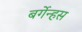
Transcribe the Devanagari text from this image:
बर्गेन्हस